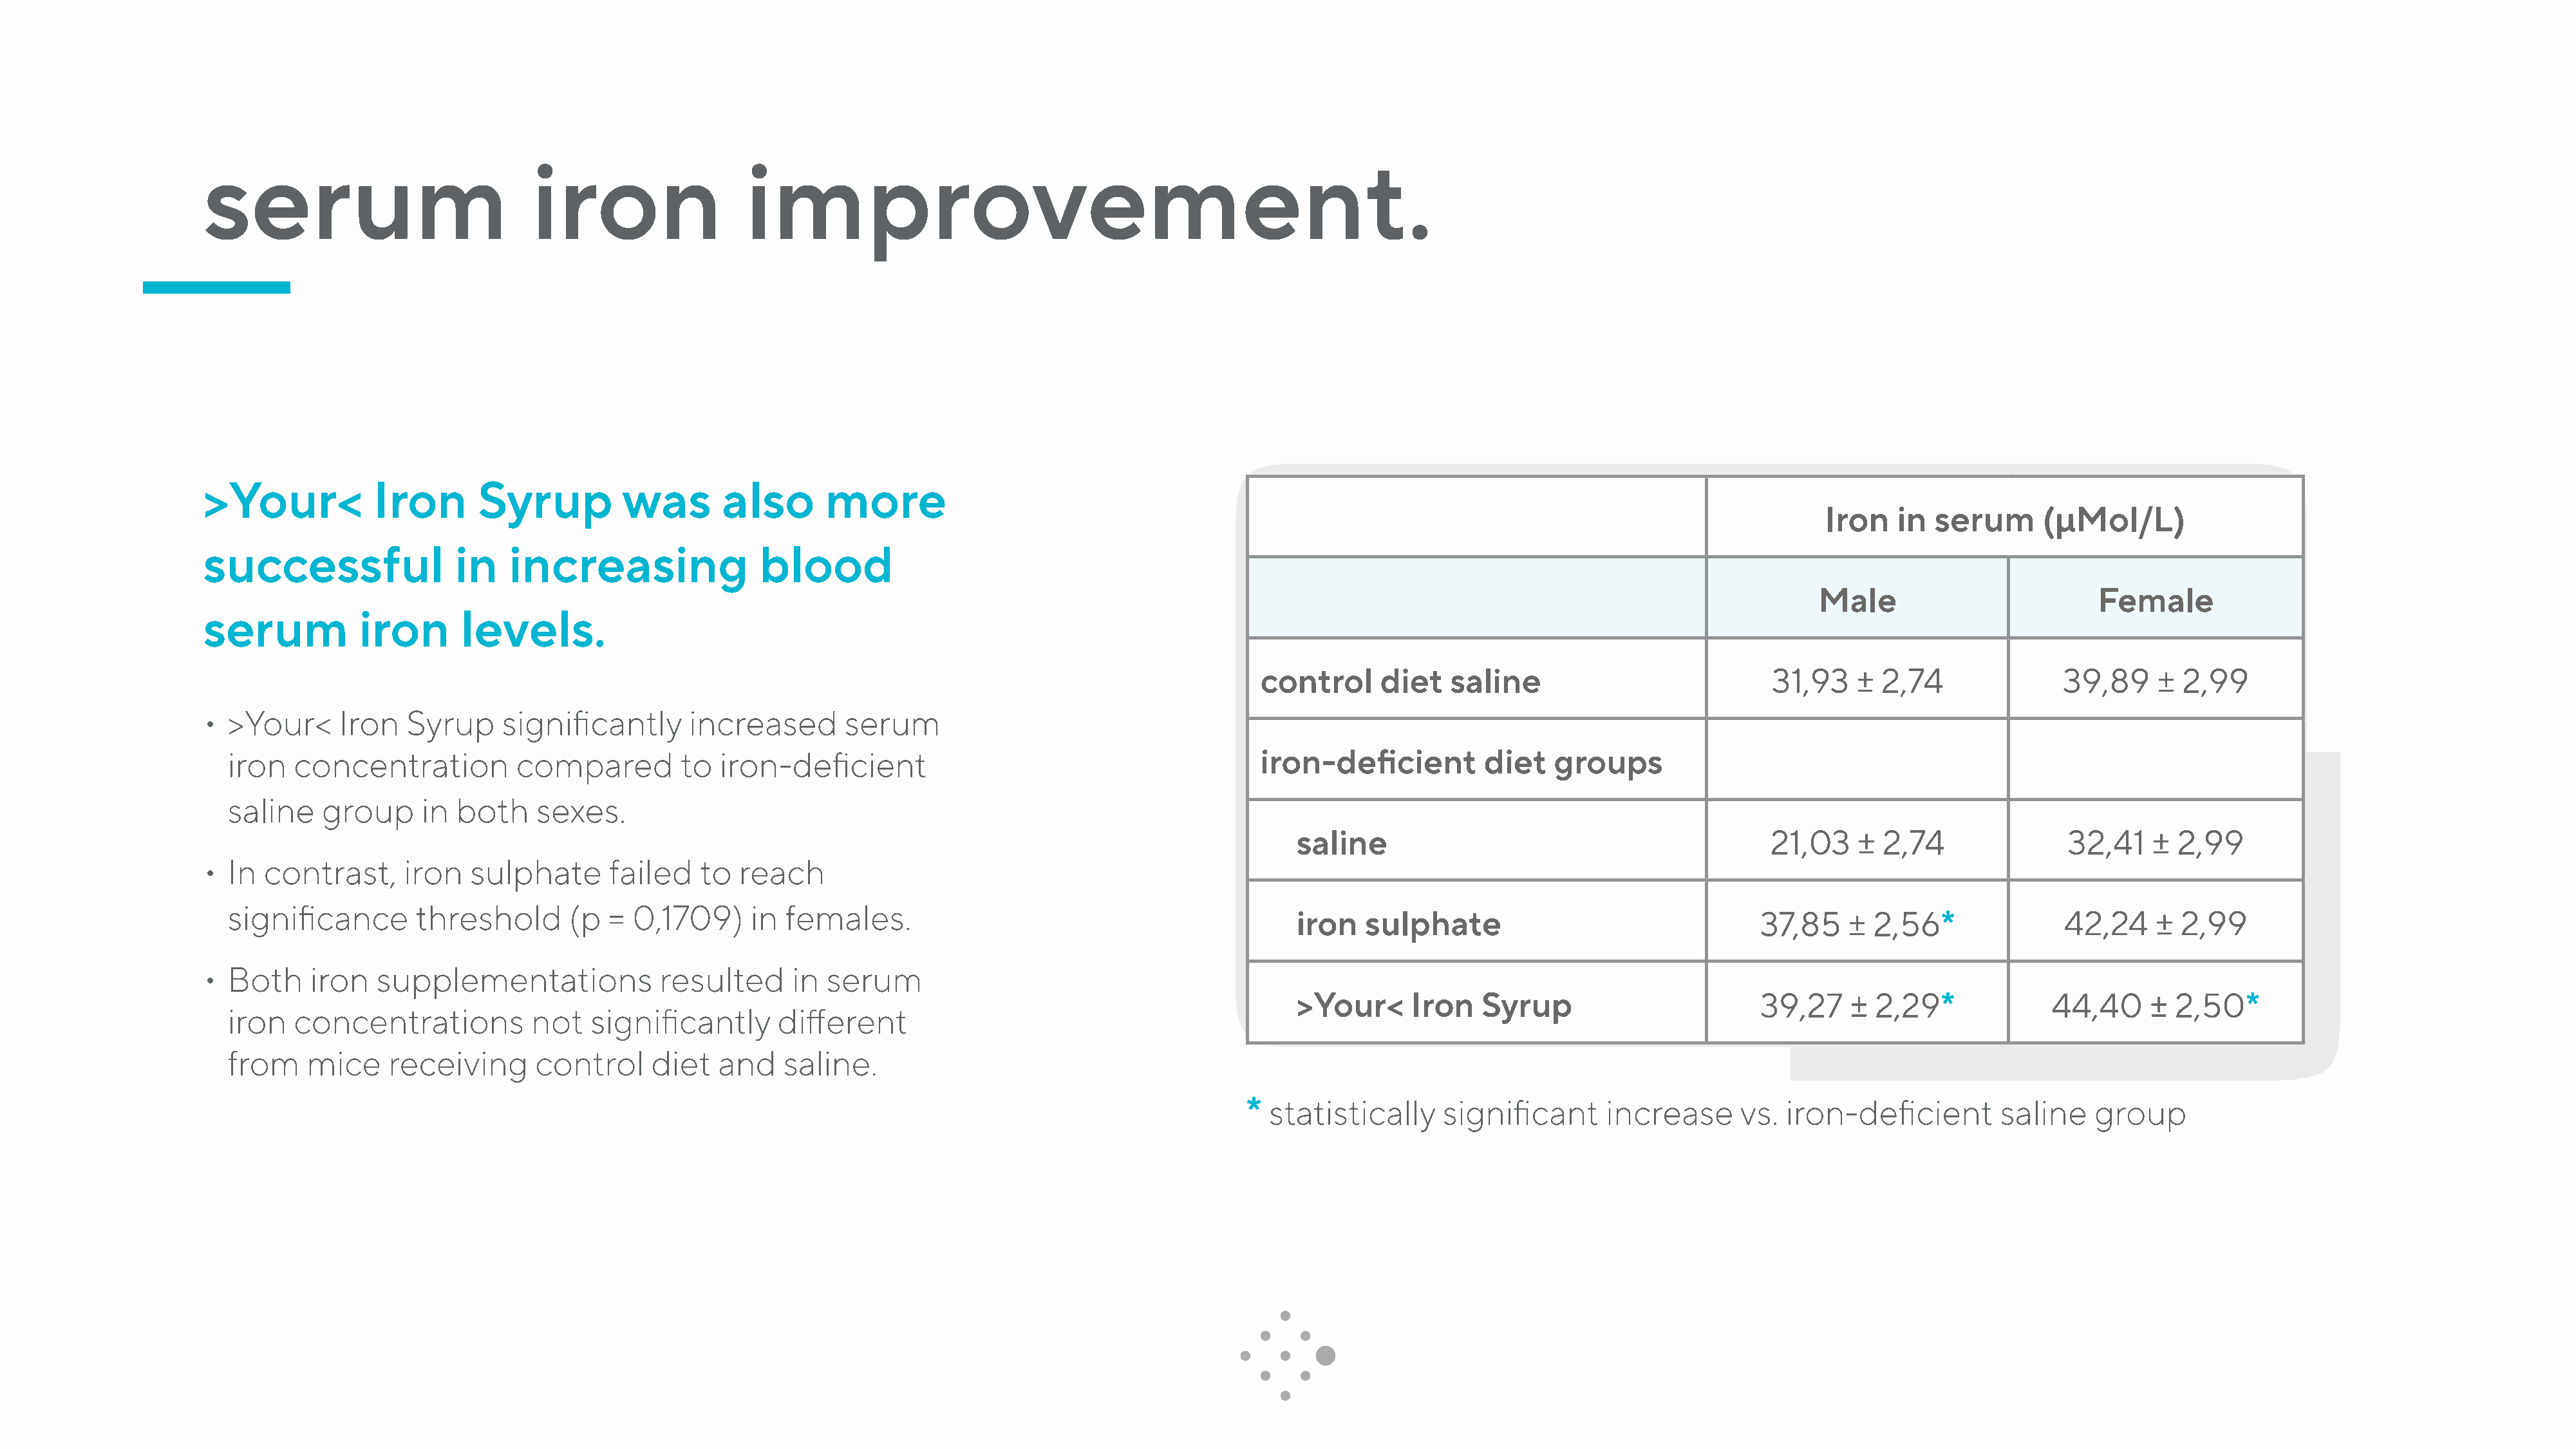
serum                             iron                  improvement.
 >Your<           Iron       Syrup          was       also       more
 Iron   in  serum      (µMol/L)
 successful                in   increasing                blood
 Male                         Female
 serum           iron      levels.
 control     diet   saline                           31,93   ± 2,74               39,89    ± 2,99
 • >Your<      Iron   Syrup     significantly      increased       serum
 iron   concentration          compared         to  iron-deficient                                          iron-deficient         diet   groups
 saline    group     in  both    sexes.
 saline                                           21,03   ±  2,74               32,41   ±  2,99
 • In  contrast,      iron  sulphate       failed   to  reach
 significance        threshold       (p  = 0,1709)     in  females.
 iron   sulphate                                 37,85    ±  2,56*              42,24     ± 2,99
 • Both     iron   supplementations             resulted     in  serum
 >Your<      Iron   Syrup                        39,27    ±  2,29*            44,40     ±  2,50*
 iron   concentrations           not   significantly      different
 from     mice    receiving      control     diet   and    saline.
 * statistically     significant      increase      vs.  iron-deficient        saline   group